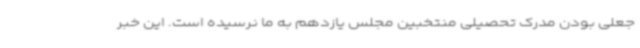
جعلی بودن مدرک تحصیلی منتخبین مجلس یازدهم به ما نرسیده است. این خبر